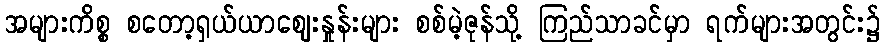
အများကိစ္စ စတော့ရှယ်ယာဈေးနှုန်းများ စစ်မဲ့ဇုန်သို့ ကြည်သာခင်မှာ ရက်များအတွင်း၌